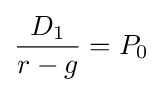
{\frac {D_{1}}{r-g}}=P_{0}